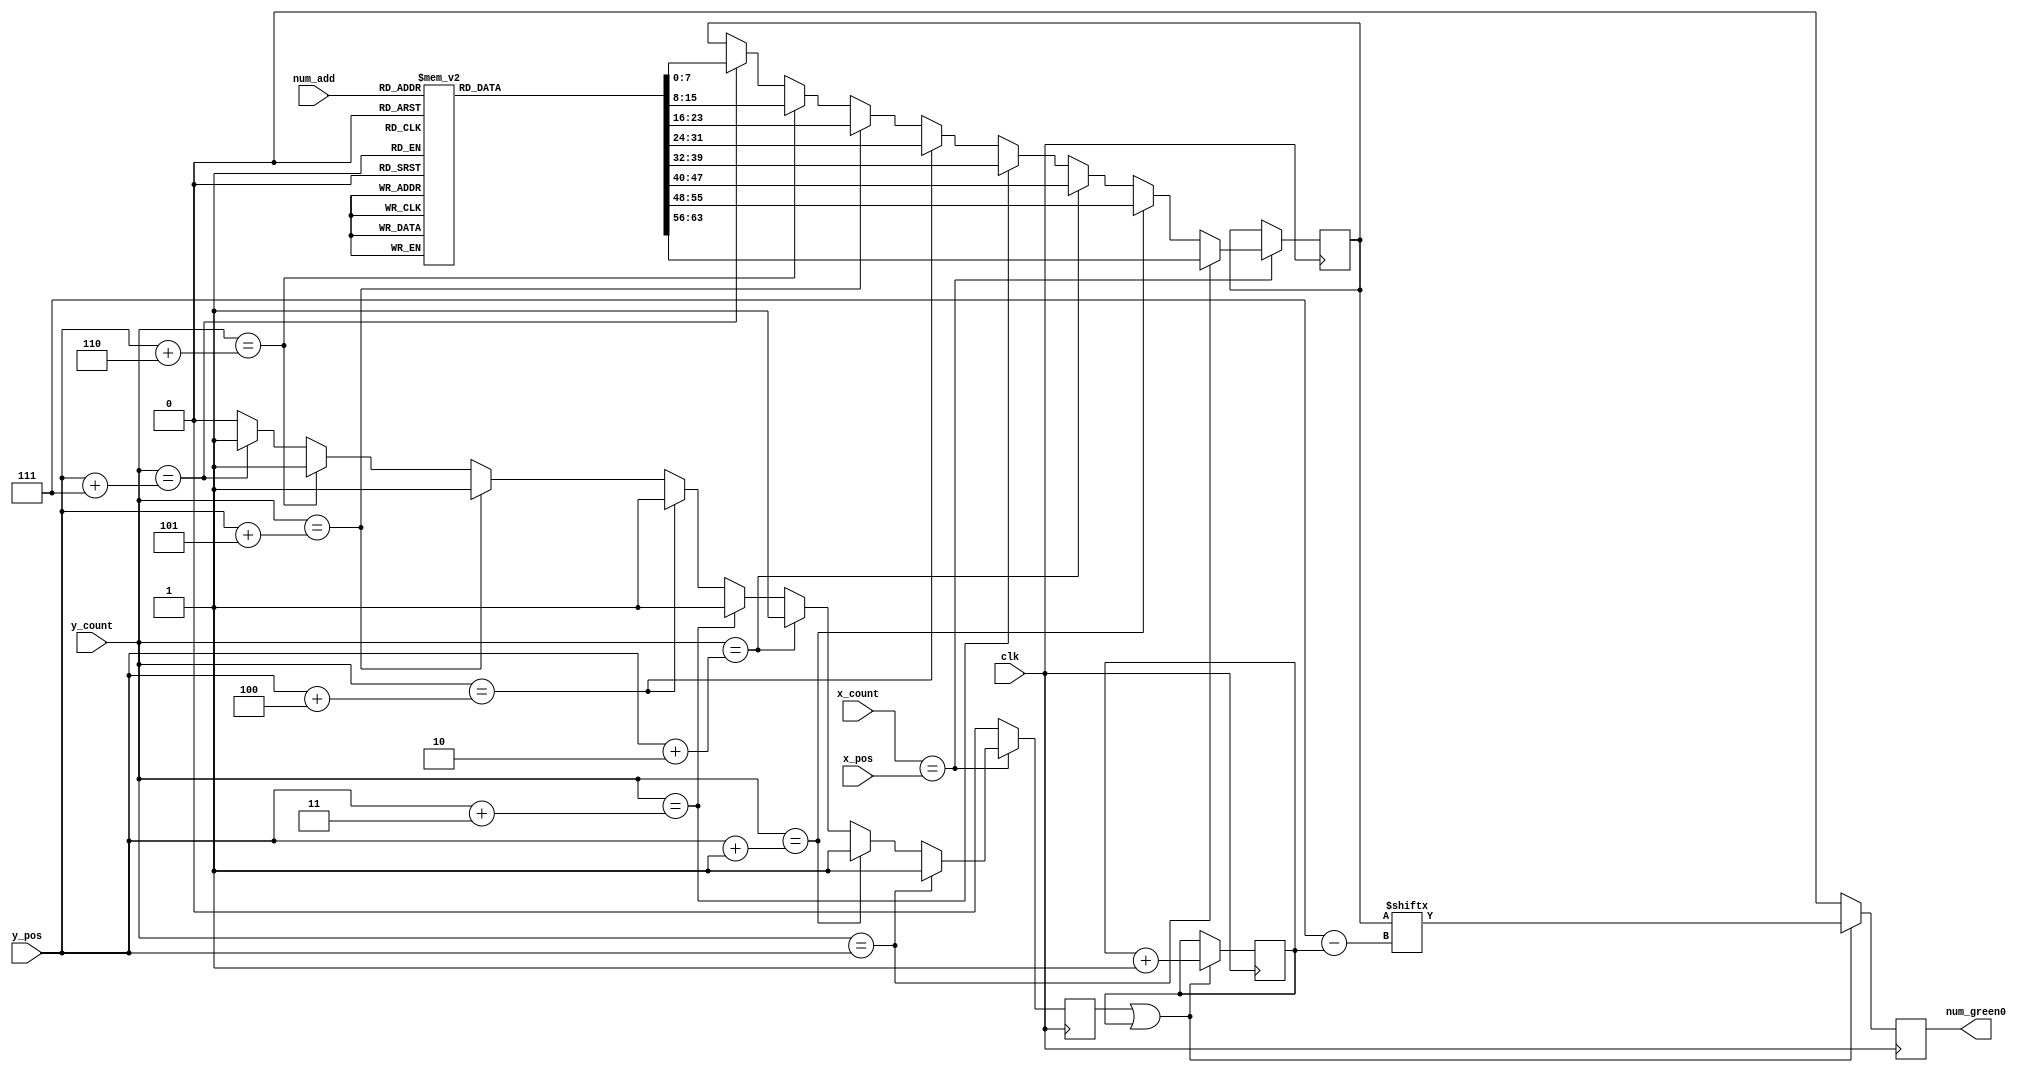
`timescale 1ns / 1ps
//////////////////////////////////////////////////////////////////////////////////
// Company: 
// Engineer: 
// 
// Design Name: 
// Module Name:    char_pos 
// Project Name: 
// Target Devices: 
// Tool versions: 
// Description: 
//
// Dependencies: 
//
// Revision: 
// Revision 0.01 - File Created
// Additional Comments: 
//
//////////////////////////////////////////////////////////////////////////////////
module num_pos(
    input clk,
    input [10:0] x_count,
    input [9:0] y_count,
	input [10:0] x_pos,
    input [9:0] y_pos,
    input [3:0] num_add,
    output reg num_green0
    );

reg color;
reg [63:0] num_rom;
reg [7:0] temp;
reg [2:0] incrementer;	

always @(posedge clk) begin
   if(x_count==x_pos) begin //x_pos will always one pixel ahead of you want
      if(y_count==y_pos) begin
         color<=1'b1;
         temp<=num_rom[63:56];
	  end
	  else if(y_count==y_pos+10'd1) begin
         color<=1'b1;
         temp<=num_rom[55:48];
	  end
	  else if(y_count==y_pos+10'd2) begin
         color<=1'b1;
         temp<=num_rom[47:40];
	  end
	  else if(y_count==y_pos+10'd3) begin
         color<=1'b1;
         temp<=num_rom[39:32];
	  end
	  else if(y_count==y_pos+10'd4) begin
         color<=1'b1;
         temp<=num_rom[31:24];
	  end
	  else if(y_count==y_pos+10'd5) begin
         color<=1'b1;
         temp<=num_rom[23:16];
	  end
	  else if(y_count==y_pos+10'd6) begin
         color<=1'b1;
         temp<=num_rom[15:8];
	  end
	  else if(y_count==y_pos+10'd7) begin
         color<=1'b1;
         temp<=num_rom[7:0];
	  end
      else 
         color<=1'b0;
   end
   else 
      color<=1'b0;
end

always@(posedge clk) begin
if((color)||(incrementer)) begin num_green0<=(temp[3'd7-incrementer]);incrementer<=incrementer+3'd1;end
else      num_green0<=1'b0;
end

// due to concurrency between multiple always blocks, screen will print x_pos+2(not x_pos) but y_pos is ok!
always @(*) 
case(num_add)
4'h0:num_rom=64'b0011110001100110011001100110011001100110011001100011110000000000;//0
4'h1:num_rom=64'b0001100000011000001110000001100000011000000110000111111000000000;//1
4'h2:num_rom=64'b0011110001100110000001100000110000110000011000000111111000000000;//2
4'h3:num_rom=64'b0011110001100110000001100001110000000110011001100011110000000000;//3
4'h4:num_rom=64'b0000011000001110000111100110011001111111000001100000011000000000;//4
4'h5:num_rom=64'b0111111001100000011111000000011000000110011001100011110000000000;//5
4'h6:num_rom=64'b0011110001100110011000000111110001100110011001100011110000000000;//6
4'h7:num_rom=64'b0111111001100110000011000001100000011000000110000001100000000000;//7
4'h8:num_rom=64'b0011110001100110011001100011110001100110011001100011110000000000;//8
4'h9:num_rom=64'b0011110001100110011001100011111000000110011001100011110000000000;//9
4'ha:num_rom=64'b0001100000111100011001100111111001100110011001100110011000000000;//A
4'hb:num_rom=64'b0111110001100110011001100111110001100110011001100111110000000000;//B
4'hc:num_rom=64'b0011110001100110011000000110000001100000011001100011110000000000;//C
4'hd:num_rom=64'b0111100001101100011001100110011001100110011011000111100000000000;//D
4'he:num_rom=64'b0111111001100000011000000111100001100000011000000111111000000000;//E
4'hf:num_rom=64'b0111111001100000011000000111100001100000011000000110000000000000;//F
endcase		
endmodule